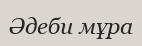
Әдеби мұра